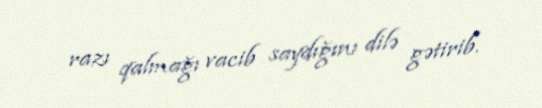
razı qalmağı vacib saydığını dilə gətirib.